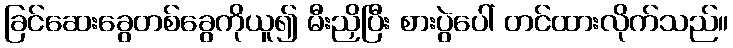
ခြင်ဆေးခွေတစ်ခွေကိုယူ၍ မီးညှိပြီး စားပွဲပေါ် တင်ထားလိုက်သည်။